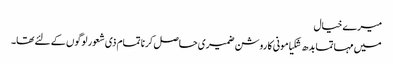
میرے خیال
میں مہاتما بدھ شکیامونی کا روشن ضمیری حاصل کرنا تمام ذی شعور لوگوں کے لئے تھا۔